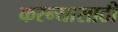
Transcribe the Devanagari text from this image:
करन्यासाठी